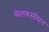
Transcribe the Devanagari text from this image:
बेलारूसीयन